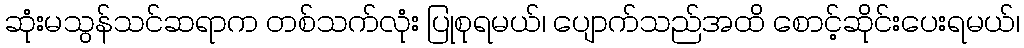
ဆုံးမသွန်သင်ဆရာက တစ်သက်လုံး ပြုစုရမယ်၊ ပျောက်သည်အထိ စောင့်ဆိုင်းပေးရမယ်၊